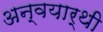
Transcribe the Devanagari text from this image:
अन्वयार्थी